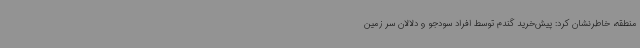
منطقه، خاطرنشان کرد: پیش‌خرید گندم توسط افراد سودجو و دلالان سر زمین